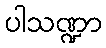
ပါသဏ္ဍာ